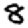
Digit: 8